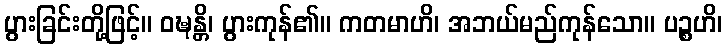
ပွားခြင်းတို့ဖြင့်။ ဝဍ္ဎန္တိ၊ ပွားကုန်၏။ ကတမာဟိ၊ အဘယ်မည်ကုန်သော။ ပဉ္စဟိ၊